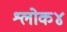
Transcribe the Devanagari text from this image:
श्लोक४